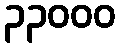
၃၃၀၀၀